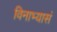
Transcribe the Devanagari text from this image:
विनाभ्यासं